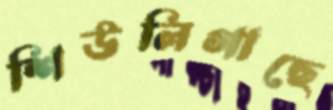
শিউলিগাছে